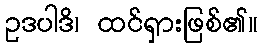
ဥဒပါဒိ၊ ထင်ရှားဖြစ်၏။